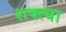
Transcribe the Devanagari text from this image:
शक्त्या